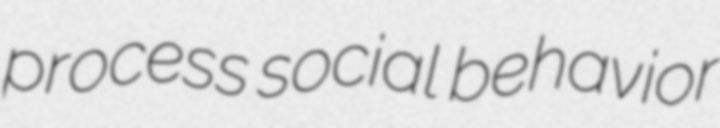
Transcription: process social behavior